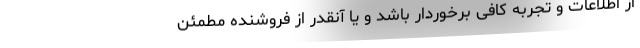
از اطلاعات و تجربه کافی برخوردار باشد و یا آنقدر از فروشنده مطمئن